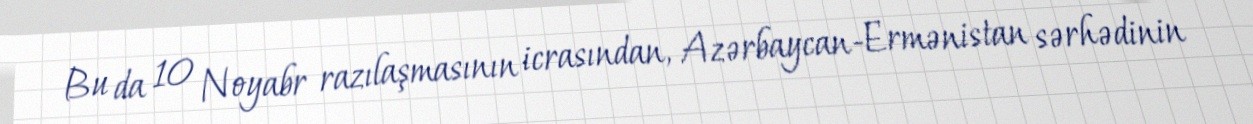
Bu da 10 Noyabr razılaşmasının icrasından, Azərbaycan-Ermənistan sərhədinin